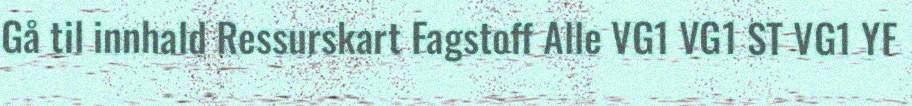
Gå til innhald Ressurskart Fagstoff Alle VG1 VG1 ST VG1 YF